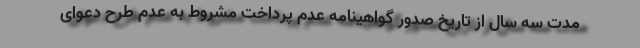
مدت سه سال از تاریخ صدور گواهینامه عدم پرداخت مشروط به عدم طرح دعوای